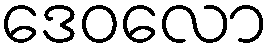
ဒေဝလော